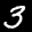
Label: 3